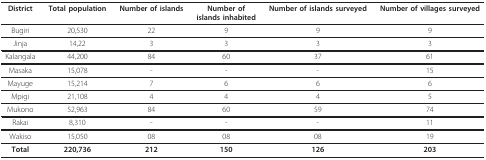
<table><thead><tr><td><b>District</b></td><td><b>Total population</b></td><td><b>Number of islands</b></td><td><b>Number ofislands inhabited</b></td><td><b>Number of islands surveyed</b></td><td><b>Number of villages surveyed</b></td></tr></thead><tbody><tr><td>Bugiri</td><td>20,530</td><td>22</td><td>9</td><td>9</td><td>9</td></tr><tr><td>Jinja</td><td>14,22</td><td>3</td><td>3</td><td>3</td><td>3</td></tr><tr><td>Kalangala</td><td>44,200</td><td>84</td><td>60</td><td>37</td><td>61</td></tr><tr><td>Masaka</td><td>15,078</td><td>-</td><td>-</td><td>-</td><td>15</td></tr><tr><td>Mayuge</td><td>15,214</td><td>7</td><td>6</td><td>6</td><td>6</td></tr><tr><td>Mpigi</td><td>21,108</td><td>4</td><td>4</td><td>4</td><td>5</td></tr><tr><td>Mukono</td><td>52,963</td><td>84</td><td>60</td><td>59</td><td>74</td></tr><tr><td>Rakai</td><td>8,310</td><td>-</td><td>-</td><td>-</td><td>11</td></tr><tr><td>Wakiso</td><td>15,050</td><td>08</td><td>08</td><td>08</td><td>19</td></tr><tr><td><b>Total</b></td><td><b>220,736</b></td><td><b>212</b></td><td><b>150</b></td><td><b>126</b></td><td><b>203</b></td></tr></tbody></table>